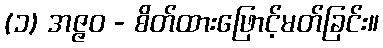
(၁) အဇ္ဇဝ - စိတ်ထားဖြောင့်မတ်ခြင်း။